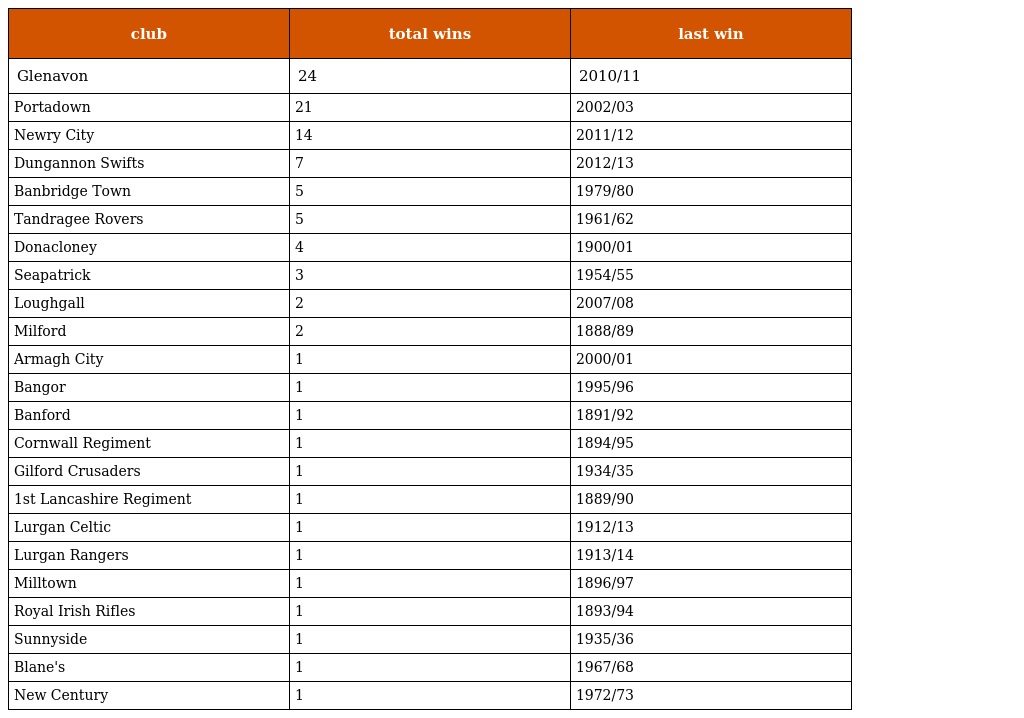
| club | total wins | last win |
 | --- | --- | --- |
 | Glenavon | 24 | 2010/11 |
 | Portadown | 21 | 2002/03 |
 | Newry City | 14 | 2011/12 |
 | Dungannon Swifts | 7 | 2012/13 |
 | Banbridge Town | 5 | 1979/80 |
 | Tandragee Rovers | 5 | 1961/62 |
 | Donacloney | 4 | 1900/01 |
 | Seapatrick | 3 | 1954/55 |
 | Loughgall | 2 | 2007/08 |
 | Milford | 2 | 1888/89 |
 | Armagh City | 1 | 2000/01 |
 | Bangor | 1 | 1995/96 |
 | Banford | 1 | 1891/92 |
 | Cornwall Regiment | 1 | 1894/95 |
 | Gilford Crusaders | 1 | 1934/35 |
 | 1st Lancashire Regiment | 1 | 1889/90 |
 | Lurgan Celtic | 1 | 1912/13 |
 | Lurgan Rangers | 1 | 1913/14 |
 | Milltown | 1 | 1896/97 |
 | Royal Irish Rifles | 1 | 1893/94 |
 | Sunnyside | 1 | 1935/36 |
 | Blane's | 1 | 1967/68 |
 | New Century | 1 | 1972/73 |